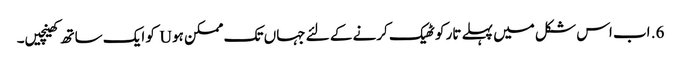
6. اب اس شکل میں پہلے تار کو ٹھیک کرنے کے لئے جہاں تک ممکن ہو U کو ایک ساتھ کھینچیں۔